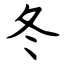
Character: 冬